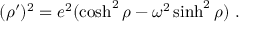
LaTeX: ( \rho ^ { \prime } ) ^ { 2 } = e ^ { 2 } ( \cosh ^ { 2 } \rho - \omega ^ { 2 } \sinh ^ { 2 } \rho ) \ .